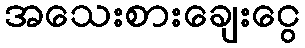
အသေးစားချေးငွေ